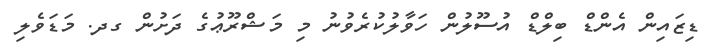
ޑިޒައިން އެންޑް ބިލްޑް އުސޫލުން ހަވާލުކުރެވުނު މި މަޝްރޫޢުގެ ދަށުން ގދ. މަޑަވެލި